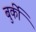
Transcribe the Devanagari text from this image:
बुर्की